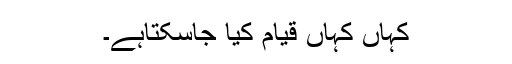
کہاں کہاں قیام کیا جاسکتاہے۔